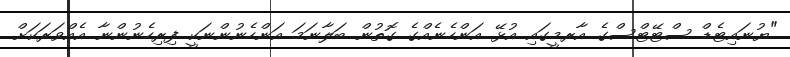
"ޔުނައިޓެޑް ސްޓޭޓްސްގެ އާރމީގައި އުޅޭ އަންހެނެއްގެ ގޮތުން ބަލާނަމަ އަންހެނުންނަކީ ފިރިހެނުންނާ އެއްވަރަކަށް